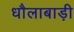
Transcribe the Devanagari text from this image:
धौलाबाड़ी